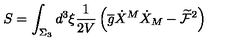
S = \int _ { \Sigma _ { 3 } } d ^ { 3 } \xi \frac { 1 } { 2 V } \left( \overline { { g } } \dot { X } ^ { M } \dot { X } _ { M } - \widetilde { \mathcal { F } } ^ { 2 } \right)